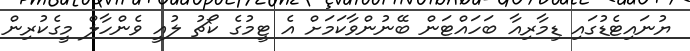
ޔުނައިޓެޑުގައި ޑިމާރިއާ ބަހައްޓަން ބޭނުންވާކަމަށް އެ ޓީމުގެ ކޯޗު ލުއީ ވެންހާލް މީގެކުރިން